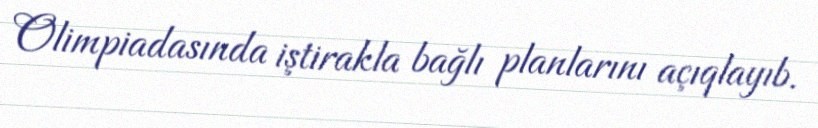
Olimpiadasında iştirakla bağlı planlarını açıqlayıb.